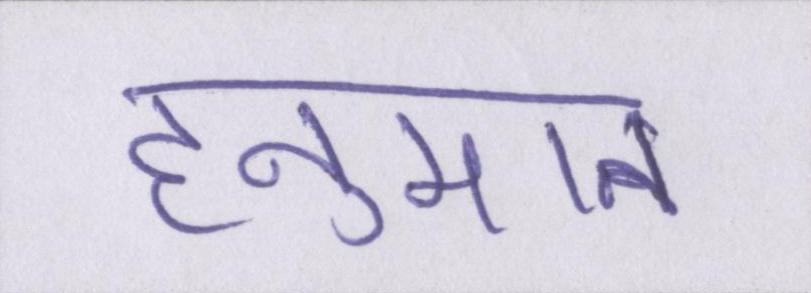
हनुमान